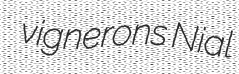
vignerons Nial